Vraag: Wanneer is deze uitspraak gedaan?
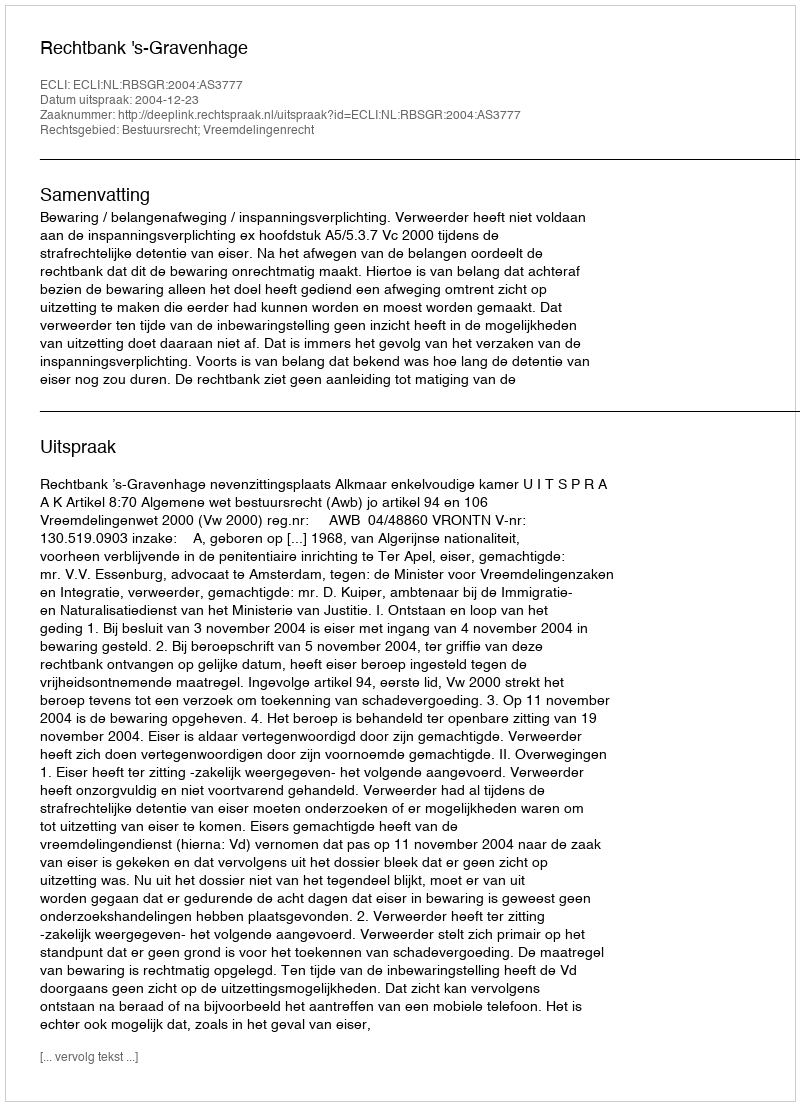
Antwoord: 2004-12-23